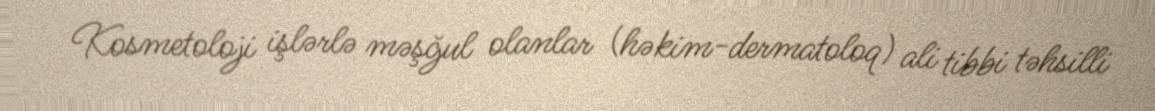
Kosmetoloji işlərlə məşğul olanlar (həkim-dermatoloq) ali tibbi təhsilli